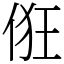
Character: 俇